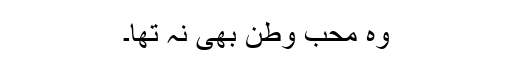
وہ محب وطن بھی نہ تھا۔